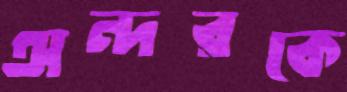
অন্দরকে